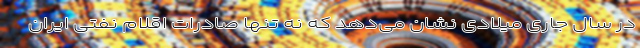
در سال جاری میلادی نشان می‌دهد که نه تنها صادرات اقلام نفتی ایران